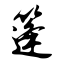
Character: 篷